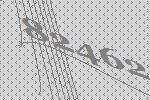
82462